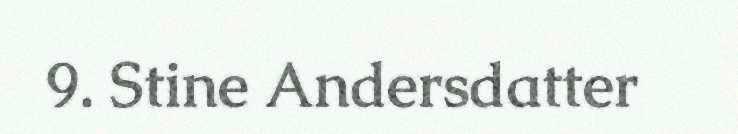
9. Stine Andersdatter